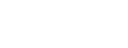
ဒွါဒသာကာရံ